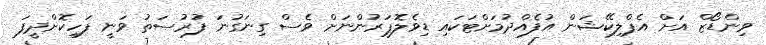
ވިންޑޯޒް އަށް އެޕްލިކޭޝަން އުފެއްދުމަށްޓަކައި ޑިވެލޮޕަރުންނަށް ވެސް ގިނަގުނަ ފުރުސަތު ވަނީ ފަހިކޮށްދީފަ